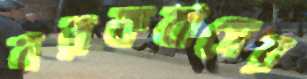
নরকবাসের